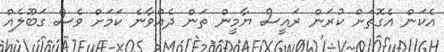
އެކަން އެގޮތަށް ކުރަން ރައީސް ޔާމީން ތަން ދެއްވާނެ ކަމަށް ވެސް ގަބޫލެއް